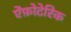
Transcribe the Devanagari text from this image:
ऐंफ़ोटेरिक